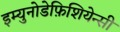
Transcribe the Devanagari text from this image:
इम्युनोडेफ़िशियेन्सी